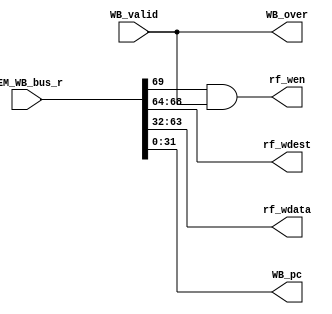
`timescale 1ps / 1ps
module st5_wb (  // 
    input WB_valid,  // 
    input [69:0] MEM_WB_bus_r,  // MEM->WB
    output rf_wen,  // 
    output [4:0] rf_wdest,  // 
    output [31:0] rf_wdata,  // 
    output WB_over,  // WB

    // pc
    output [31:0] WB_pc
);
  // MEM->WB begin
  // 
  wire wen;
  wire [4:0] wdest;

  // MEMresult
  wire [31:0] mem_result;

  // pc
  wire [31:0] pc;
  assign {wen, wdest, mem_result, pc} = MEM_WB_bus_r;
  // MEM->WB end

  // WB begin
  // WB   
  // 
  // WB_validWB_over
  assign WB_over = WB_valid;
  // WB end

  // WB->regfile begin
  assign rf_wen = wen & WB_valid;
  assign rf_wdest = wdest;
  assign rf_wdata = mem_result;
  // WB->regfile end

  // display WB_pc begin
  assign WB_pc = pc;
  // display WB_pc end
endmodule